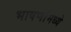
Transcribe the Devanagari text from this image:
भाषणांमध्ये